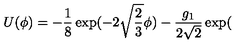
U ( \phi ) = - \frac { 1 } { 8 } \exp ( - 2 \sqrt { \frac 2 3 } \phi ) - \frac { g _ { 1 } } { 2 \sqrt { 2 } } \exp (